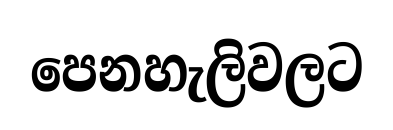
පෙනහැලිවලට